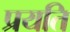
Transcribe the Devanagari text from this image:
प्रयति